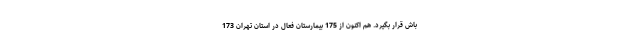
باش قرار بگیرد. هم اکنون از 175 بیمارستان فعال در استان تهران 173